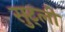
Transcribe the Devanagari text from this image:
सुट्ली